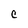
Character: C